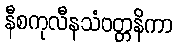
နီစကုလီနသံဝတ္တနိကာ